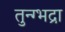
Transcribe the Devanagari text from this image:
तुन्ग्भद्रा